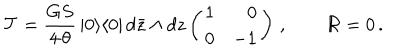
LaTeX: { \cal T } = \frac { G S } { 4 \, \theta } \, | 0 \rangle \langle 0 | \, d \bar { z } \wedge d z \left( \begin{array} { r r } { { 1 } } & { { 0 } } \\ { { 0 } } & { { - 1 } } \\ \end{array} \right) \, , \qquad { \cal R } = 0 \, .